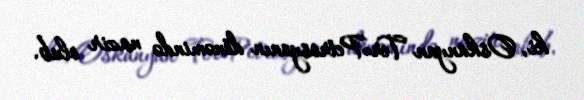
ki, Oskanyan Ter-Petrosyanın dönəmində nazir olub.